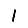
Digit: 1